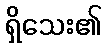
ရှိသေး၏